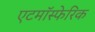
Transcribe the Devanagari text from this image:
एटमॉस्फेरिक